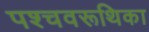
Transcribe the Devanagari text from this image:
पश्चवरूथिका